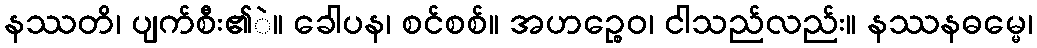
နဿတိ၊ ပျက်စီး၏ဲ။ ခေါပန၊ စင်စစ်။ အဟဉ္စေဝ၊ ငါသည်လည်း။ နဿနဓမ္မေ၊